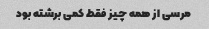
مرسی از همه چیز فقط کمی برشته بود